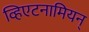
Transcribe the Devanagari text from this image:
व्हिएटनामियन्